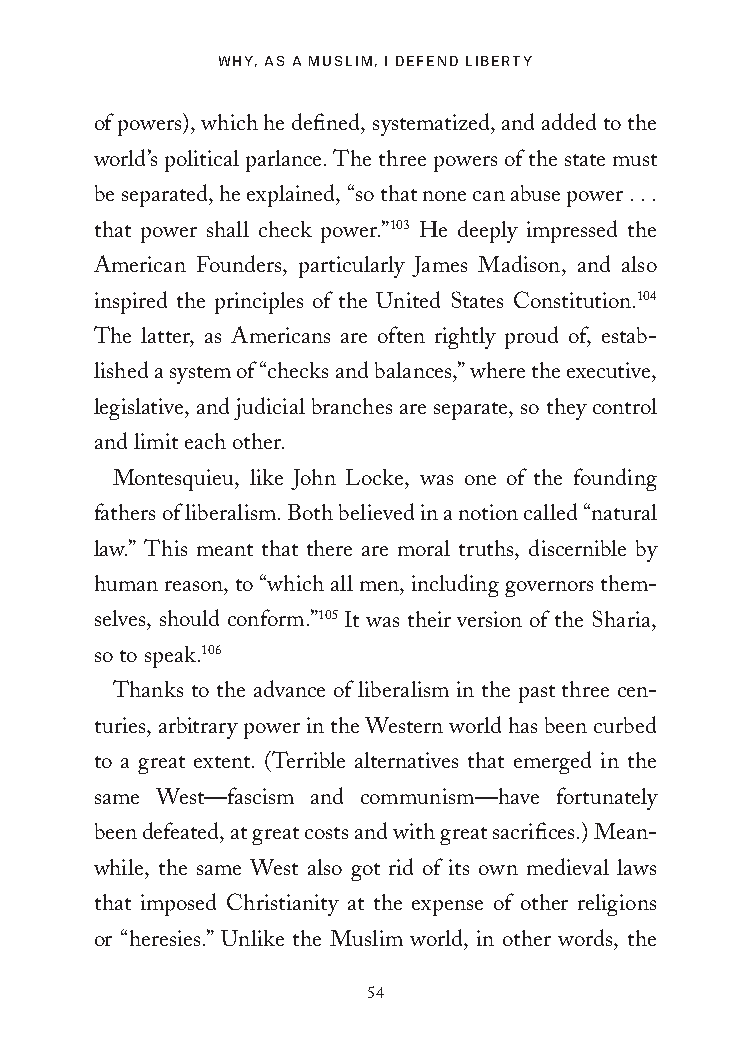
Why, as a MusliM, i DefenD liberty
 of powers), which he defined, systematized, and added to the
 world’s political parlance. The three powers of the state must
 be separated, he explained, “so that none can abuse power . . .
 that power shall check power.”103 He deeply impressed the
 American Founders, particularly James Madison, and also
 inspired the principles of the United States Constitution.104
 The latter, as Americans are often rightly proud of, estab-
 lished a system of “checks and balances,” where the executive,
 legislative, and judicial branches are separate, so they control
 and limit each other.
 Montesquieu, like John Locke, was one of the founding
 fathers of liberalism. Both believed in a notion called “natural
 law.” This meant that there are moral truths, discernible by
 human reason, to “which all men, including governors them-
 selves, should conform.”105 It was their version of the Sharia,
 so to speak.106
 Thanks to the advance of liberalism in the past three cen-
 turies, arbitrary power in the Western world has been curbed
 to a great extent. (Terrible alternatives that emerged in the
 same West—fascism and communism—have fortunately
 been defeated, at great costs and with great sacrifices.) Mean-
 while, the same West also got rid of its own medieval laws
 that imposed Christianity at the expense of other religions
 or “heresies.” Unlike the Muslim world, in other words, the
 54
 25320_Ch03.indd 54                       6/25/21 4:57 AM